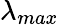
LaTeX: \lambda_{max}